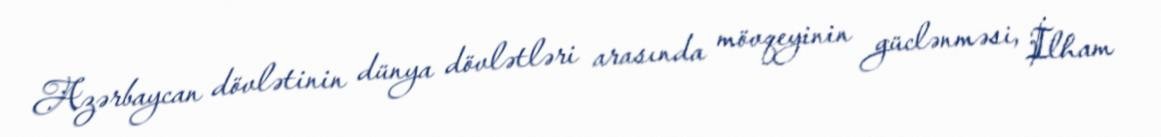
Azərbaycan dövlətinin dünya dövlətləri arasında mövqeyinin güclənməsi, İlham